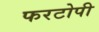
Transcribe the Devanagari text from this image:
फरटोपी